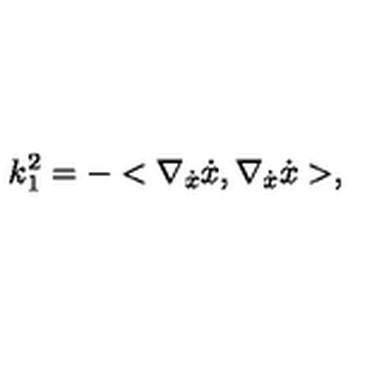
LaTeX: k _ { 1 } ^ { 2 } = - < \nabla _ { \dot { x } } \dot { x } , \nabla _ { \dot { x } } \dot { x } > ,